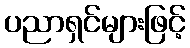
ပညာရှင်များဖြင့်